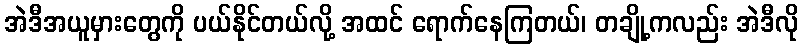
အဲဒီအယူမှားတွေကို ပယ်နိုင်တယ်လို့ အထင် ရောက်နေကြတယ်၊ တချို့ကလည်း အဲဒီလို